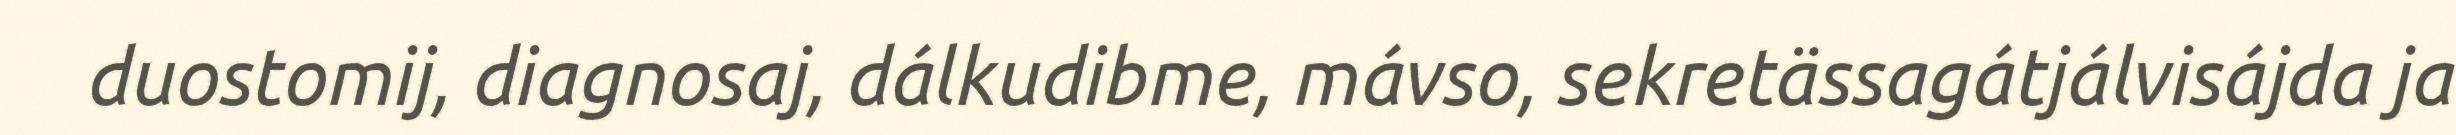
duostomij, diagnosaj, dálkudibme, mávso, sekretässagátjálvisájda ja